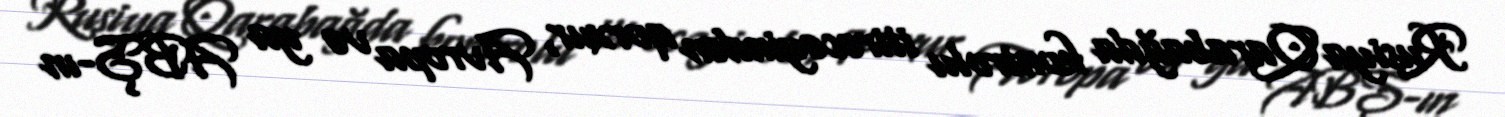
Rusiya Qarabağda kontrolu itirəcəyindən qorxur, Avropa və ya ABŞ-ın